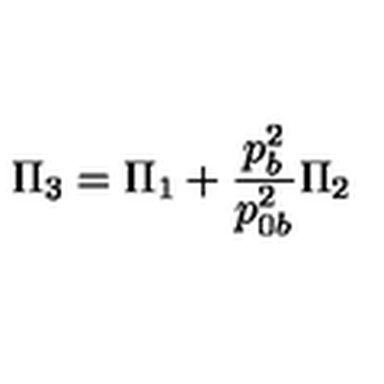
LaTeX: \Pi _ { 3 } = \Pi _ { 1 } + { \frac { p _ { b } ^ { 2 } } { p _ { 0 b } ^ { 2 } } } \Pi _ { 2 }